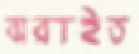
ঝরাইত